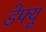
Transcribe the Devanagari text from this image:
डेफ्यू